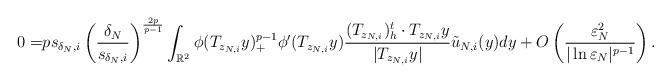
\begin{align*}0=&ps_{\delta_N,i}\left( \frac{\delta_N}{s_{\delta_N,i}}\right)^{\frac{2p}{p-1}}\int_{\mathbb{R}^2}\phi(T_{z_{N,i}}y)^{p-1}_+\phi'(T_{z_{N,i}}y)\frac{(T_{z_{N,i}})_h^t\cdot T_{z_{N,i}}y}{|T_{z_{N,i}}y|}\tilde{u}_{N,i}(y)dy+O\left( \frac{\varepsilon_N^2}{|\ln\varepsilon_N|^{p-1}}\right).\end{align*}